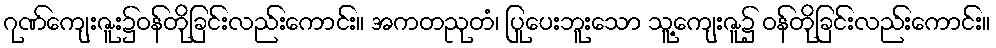
ဂုဏ်ကျေးဇူး၌ဝန်တိုခြင်းလည်းကောင်း။ အကတညုတံ၊ ပြုပေးဘူးသော သူ့ကျေးဇူ၌ ဝန်တိုခြင်းလည်းကောင်း။